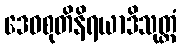
ဒေဝစုတိနိရယာဒိသုတ္တံ